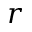
r